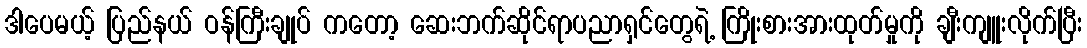
ဒါပေမယ့် ပြည်နယ် ဝန်ကြီးချုပ် ကတော့ ဆေးဘက်ဆိုင်ရာပညာရှင်တွေရဲ့ ကြိုးစားအားထုတ်မှုကို ချီးကျူးလိုက်ပြီး